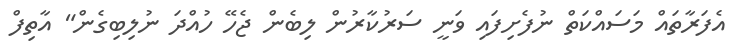
އެފަރާތައް މަސައްކަތް ނުފެށިފައި ވަނީ ސަރުކާރުން ލިބެން ޖެހޭ ހުއްދަ ނުލިބިގެން" އާތިފް